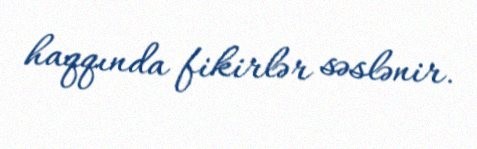
haqqında fikirlər səslənir.